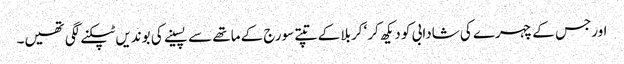
اورجس کے چہرے کی شادابی کو دیکھ کر‘ کربلا کے تپتے سورج کے ماتھے سے پسینے کی بوندیں ٹپکنے لگی تھیں۔